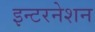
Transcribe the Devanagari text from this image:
इन्टरनेशन